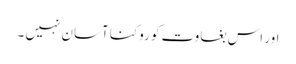
اور اس بغاوت کو روکنا آسان نہیں ۔